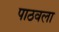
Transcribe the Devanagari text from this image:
पाठवला